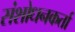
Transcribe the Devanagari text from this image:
संशोधनकर्ता